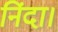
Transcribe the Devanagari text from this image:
निंदा।